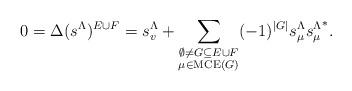
LaTeX: \begin{align*}0=\Delta(s^\Lambda)^{E\cup F}=s_v^\Lambda+\sum_{\substack{\emptyset \neq G\subseteq E\cup F\\ \mu\in \mathrm{MCE}(G)}}(-1)^{|G|}s_\mu^{\Lambda}{s_\mu^{\Lambda}}^*. \end{align*}